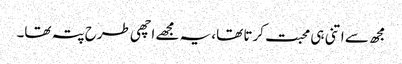
مجھ سے اتنی ہی محبت کرتا تھا، یہ مجھے اچھی طرح پتہ تھا۔